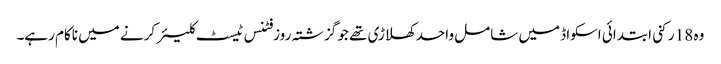
وہ 18 رکنی ابتدائی اسکواڈ میں شامل واحد کھلاڑی تھے جو گزشتہ روز فٹنس ٹیسٹ کلیئر کرنے میں ناکام رہے۔